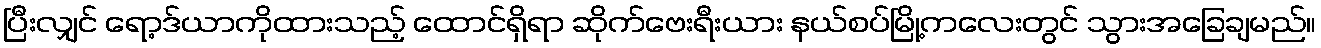
ပြီးလျှင် ရော့ဒ်ယာကိုထားသည့် ထောင်ရှိရာ ဆိုက်ဗေးရီးယား နယ်စပ်မြို့ကလေးတွင် သွားအခြေချမည်။